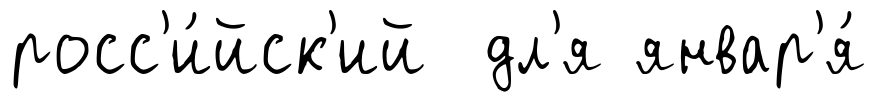
росс'и́йск'ий дл'я январ'я́